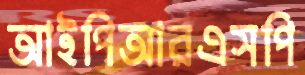
আইপিআরএসপি